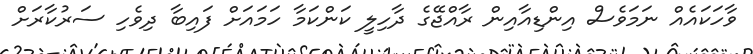
ވާހަކައެއް ނަމަވެސް އިންޑިއާއިން ރާއްޖޭގެ ދާހިލީ ކަންކަމާ ހަމައަށް ފައިބާ ދިވެހި ސަރުކާރަށް